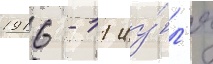
1916 - 11 иу́л'я